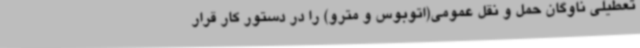
تعطیلی ناوگان حمل و نقل عمومی(اتوبوس و مترو) را در دستور کار قرار